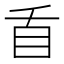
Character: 𭾜